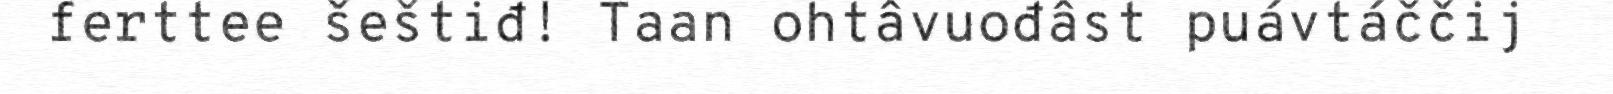
ferttee šeštiđ! Taan ohtâvuođâst puávtáččij